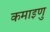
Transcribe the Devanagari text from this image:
कमाइणु